Indian journal of veterinary science and animal husbandry - Volume 1,
Year: 1931
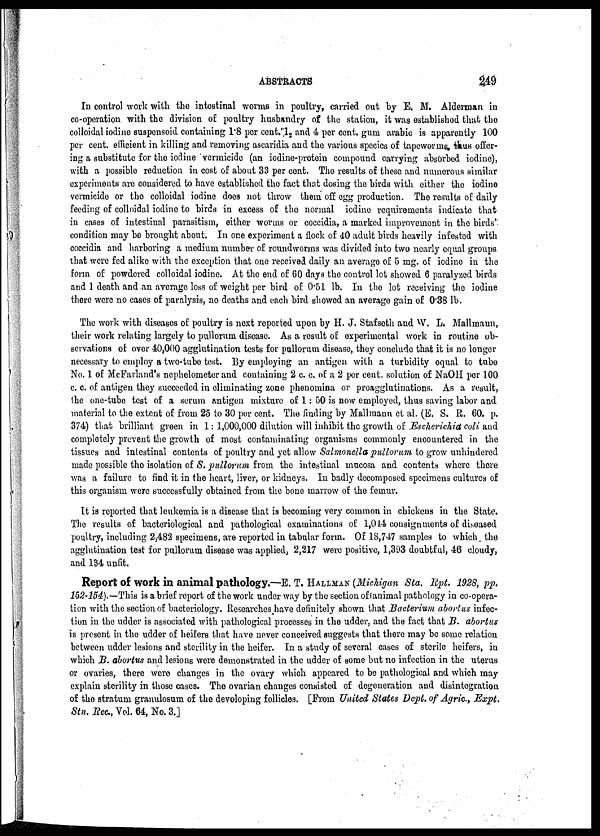
ABSTRACTS
249
In control work with the intestinal worms in poultry, carried out by E. M. Alderman in
co-operation with the division of poultry husbandry of the station, it was established that the
colloidal iodine suspensoid containing 1.8 per cent. 1 2 and 4 per cent. gum arabic is apparently 100
per cent. efficient in killing and removing ascaridia and the various species of tapeworms, thus offer-
ing a substitute for the iodine vermicide (an iodine-protein compound carrying absorbed iodine),
with a possible reduction in cost of about 33 per cent. The results of these and numerous similar
experiments are considered to have established the fact that dosing the birds with either the iodine
vermicide or the colloidal iodine does not throw them off egg production. The results of daily
feeding of colloidal iodine to birds in excess of the normal iodine requirements indicate that
in cases of intestinal parasitism, either worms or coccidia, a marked improvement in the birds'
condition may be brought about. In one experiment a flock of 40 adult birds heavily infested with
coccidia and harboring a medium number of roundworms was divided into two nearly equal groups
that were fed alike with the exception that one received daily an average of 5 mg. of iodine in the
form of powdered colloidal iodine. At the end of 60 days the control lot showed 6 paralyzed birds
and 1 death and an average loss of weight per bird of 0.51 lb. In the lot receiving the iodine
there were no cases of paralysis, no deaths and each bird showed an average gain of 0.38 lb.
The work with diseases of poultry is next reported upon by H. J. Stafseth and W. L. Mallmann,
their work relating largely to pullorum disease. As a result of experimental work in routine ob-
servations of over 40,000 agglutination tests for pullorum disease, they conclude that it is no longer
necessary to employ a two-tube test. By employing an antigen with a turbidity equal to tube
No. 1 of McFarland's nephelometer and containing 2 c. c. of a 2 per cent. solution of NaOH per 100
c. c. of antigen they succeeded in eliminating zone phenomina or proagglutinations. As a result,
the one-tube test of a serum antigen mixture of 1: 50 is now employed, thus saving labor and
material to the extent of from 25 to 30 per cent. The finding by Mallmann et al. (E. S. R. 60. p.
374) that brilliant green in 1: 1,000,000 dilution will inhibit the growth of Escherichid coli and
completely prevent the growth of most contaminating organisms commonly encountered in the
tissues and intestinal contents of poultry and yet allow Salmonella pullorum to grow unhindered
made possible the isolation of S. pullorum from the intestinal mucosa and contents where there
was a failure to find it in the heart, liver, or kidneys. In badly decomposed specimens cultures of
this organism were successfully obtained from the bone marrow of the femur.
It is reported that leukemia is a disease that is becoming very common in chickens in the State.
The results of bacteriological and pathological examinations of 1,044 consignments of diseased
poultry, including 2,482 specimens, are reported in tabular form. Of 18,747 samples to which the
agglutination test for pullorum disease was applied, 2,217 were positive, 1,393 doubtful, 46 cloudy,
and 134 unfit.
Report of work in animal pathology.—E. T. HALLMAN (Michigan Sta. Rpt. 1928, pp.
152-154).-- This is a brief report of the work under way by the section of animal pathology in co-opera-
tion with the section of bacteriology. Researches have definitely shown that Bacterium abortus infec-
tion in the udder is associated with pathological processes in the udder, and the fact that B. abortus
is present in the udder of heifers that have never conceived suggests that there may be some relation
between udder lesions and sterility in the heifer. In a study of several cases of sterile heifers, in
which B. abortus and lesions were demonstrated in the udder of some but no infection in the uterus
or ovaries, there were changes in the ovary which appeared to be pathological and which may
explain sterility in those cases. The ovarian changes consisted of degeneration and disintegration
of the stratum granulosum of the devoloping follicles. [From United States Dept. of Agric., Expt.
Stn. Rec., Vol. 64, No. 3.]